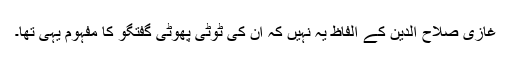
غازی صلاح الدین کے الفاظ یہ نہیں کہ ان کی ٹوٹی پھوٹی گفتگو کا مفہوم یہی تھا۔